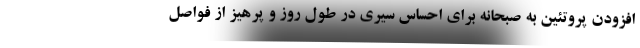
افزودن پروتئین به صبحانه برای احساس سیری در طول روز و پرهیز از فواصل